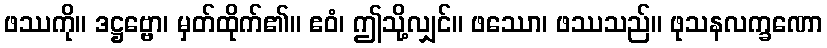
ဖဿကို။ ဒဋ္ဌဗ္ဗော၊ မှတ်ထိုက်၏။ ဧဝံ၊ ဤသို့လျှင်။ ဖဿော၊ ဖဿသည်။ ဖုသနလက္ခဏော